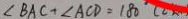
\angle B A C + \angle A C D = 1 8 0 ^ { \circ }